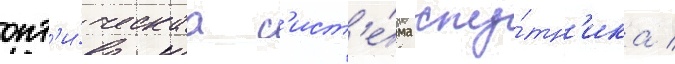
опт'и́ческаа с'ист'е́ма спу́тн'ика /